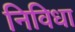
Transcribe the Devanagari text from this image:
निविधा